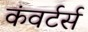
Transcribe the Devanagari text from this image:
कंवर्टर्स